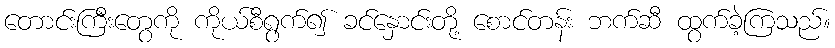
တောင်းကြီးတွေကို ကိုယ်စီရွက်၍ ခင်နှောင်းတို့ စောင်တန်း ဘက်ဆီ ထွက်ခဲ့ကြသည်။